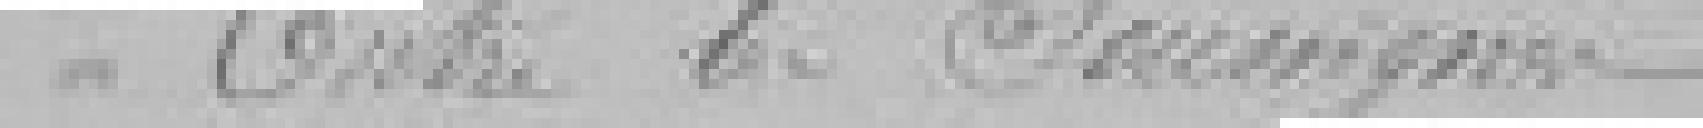
Entre les soussignés